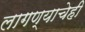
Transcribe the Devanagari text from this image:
लागण्याचेही